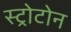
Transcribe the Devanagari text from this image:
स्ट्रोटोन